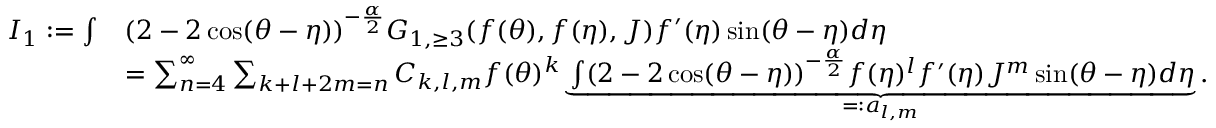
\begin{array} { r l } { I _ { 1 } : = \int } & { ( 2 - 2 \cos ( \theta - \eta ) ) ^ { - \frac { \alpha } { 2 } } G _ { 1 , \ge 3 } ( f ( \theta ) , f ( \eta ) , { J } ) f ^ { \prime } ( \eta ) \sin ( \theta - \eta ) d \eta } \\ & { = \sum _ { n = 4 } ^ { \infty } \sum _ { k + l + 2 m = n } C _ { k , l , m } f ( \theta ) ^ { k } \underbrace { \int ( 2 - 2 \cos ( \theta - \eta ) ) ^ { - \frac { \alpha } { 2 } } f ( \eta ) ^ { l } f ^ { \prime } ( \eta ) { J } ^ { m } \sin ( \theta - \eta ) d \eta } _ { = : a _ { l , m } } . } \end{array}